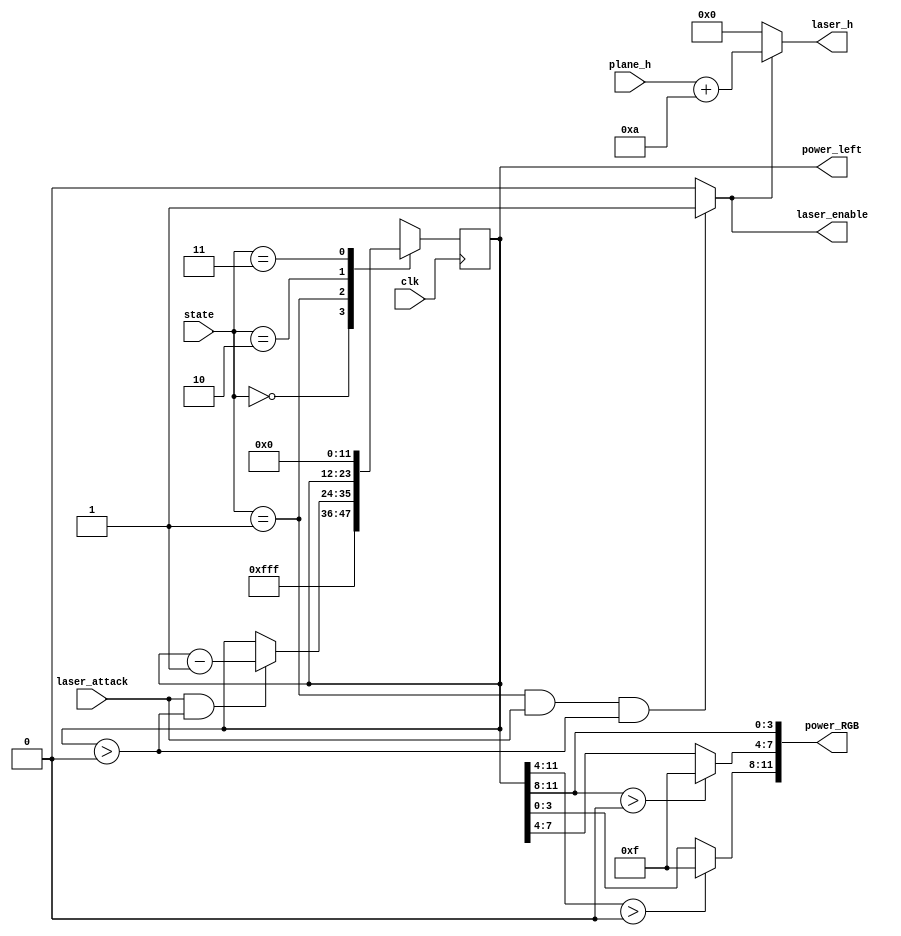
module laser_controller(
	input clk,
	input [1:0] state,
	input laser_attack,
	input [9:0] plane_h,
	output laser_enable,
	output [9:0] laser_h,
	output [11:0] power_left,
	output [11:0] power_RGB
);

	parameter press_start = 0, playing = 1, gamover = 2;
	
	reg [11:0] counter;

	always @(posedge clk) begin
		case(state)
			0:	counter <= 12'hfff;
			1:	if(laser_attack && counter > 0) counter <= counter - 1;
				else counter <= counter;
			2:	counter <= counter;
			3:	counter <= 0;
		endcase
	end
	
	assign laser_h = (laser_enable == 1'b1)?plane_h+10:0;
	assign laser_enable = (state==1 && laser_attack && counter>0)?1:0;
	assign power_left = counter;
	assign power_RGB[11:8] = (counter[11:4]>0)?4'hf:counter[3:0];
	assign power_RGB[7:4] = (counter[11:8]>0)?4'hf:counter[7:4];
	assign power_RGB[3:0] = counter[11:8];
endmodule